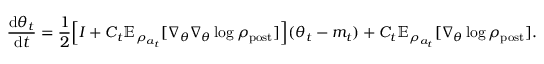
\frac { \mathrm { d } \theta _ { t } } { \mathrm { d } t } = \frac { 1 } { 2 } \Bigl [ I + C _ { t } \mathbb { E } _ { \rho _ { a _ { t } } } [ \nabla _ { \theta } \nabla _ { \theta } \log \rho _ { \mathrm { p o s t } } ] \Bigr ] ( \theta _ { t } - m _ { t } ) + C _ { t } \mathbb { E } _ { \rho _ { a _ { t } } } [ \nabla _ { \theta } \log \rho _ { \mathrm { p o s t } } ] .